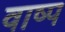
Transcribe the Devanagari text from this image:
वाष्‍प